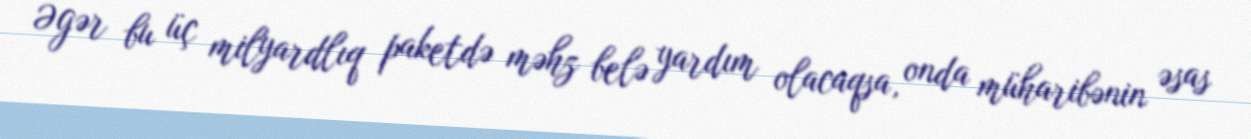
Əgər bu üç milyardlıq paketdə məhz belə yardım olacaqsa, onda müharibənin əsas